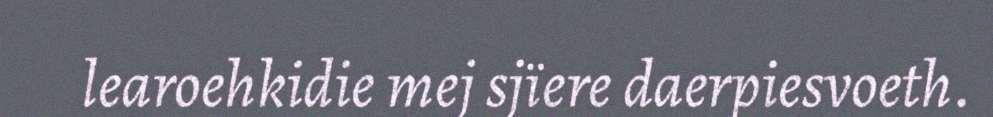
learoehkidie mej sjïere daerpiesvoeth.